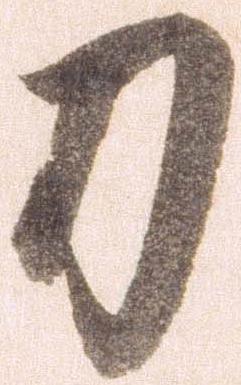
刀